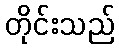
တိုင်းသည်